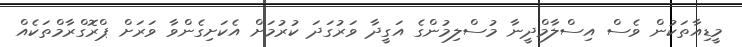
މީޑިއާތަކުން ވެސް އިސްލާމްދީނާ މުސްލިމުންގެ އަގީދާ ވަރުގަދަ ކުރުމަށް އެކަށިގެންވާ ވަރަށް ޕްރޮގްރާމްތަކެއް